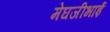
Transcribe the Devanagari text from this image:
मेघजीभाई